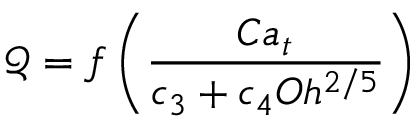
\mathcal { Q } = f \left( \frac { C a _ { t } } { c _ { 3 } + c _ { 4 } O h ^ { 2 / 5 } } \right)